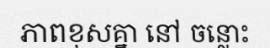
ភាពខុសគ្នា នៅ ចន្លោះ